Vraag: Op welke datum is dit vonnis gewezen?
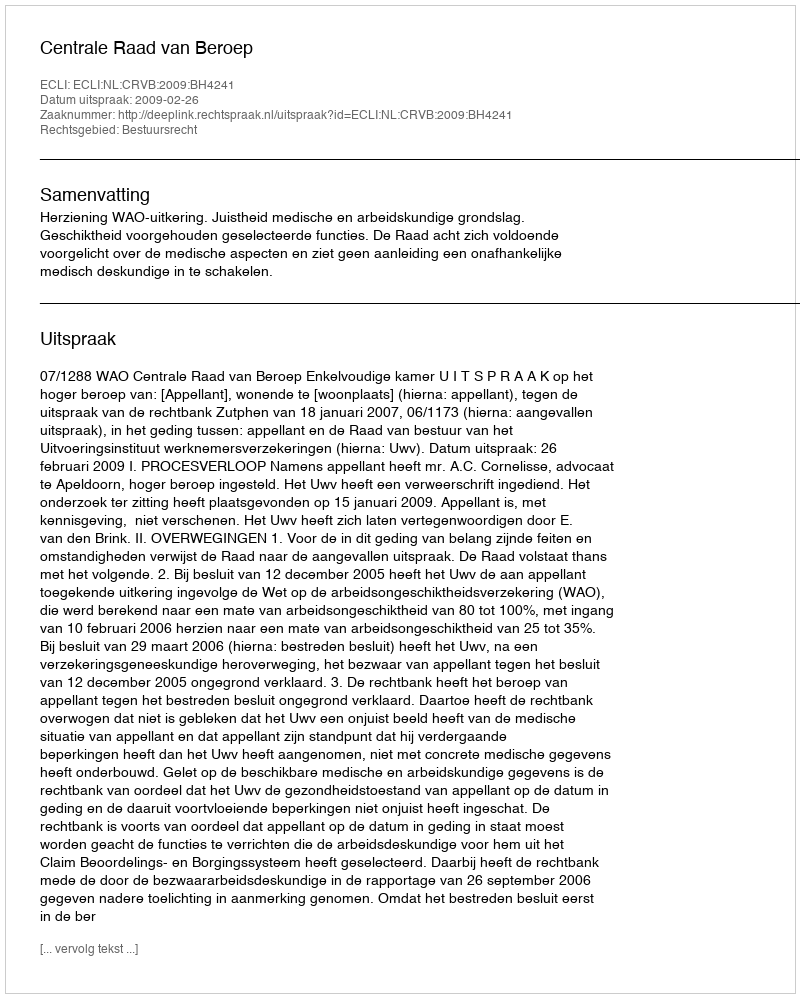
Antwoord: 2009-02-26